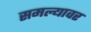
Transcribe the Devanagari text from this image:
समल्यावर